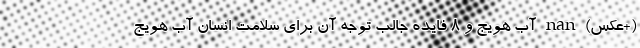
(+عکس) nan آب هویج و 8 فایده جالب توجه آن برای سلامت انسان آب هویج